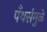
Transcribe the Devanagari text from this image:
पँथर्समुळे